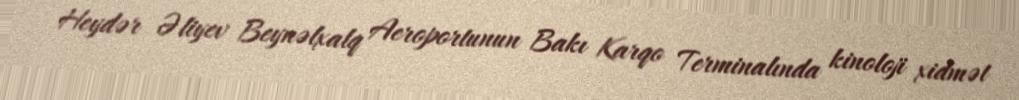
Heydər Əliyev Beynəlxalq Aeroportunun Bakı Karqo Terminalında kinoloji xidmət